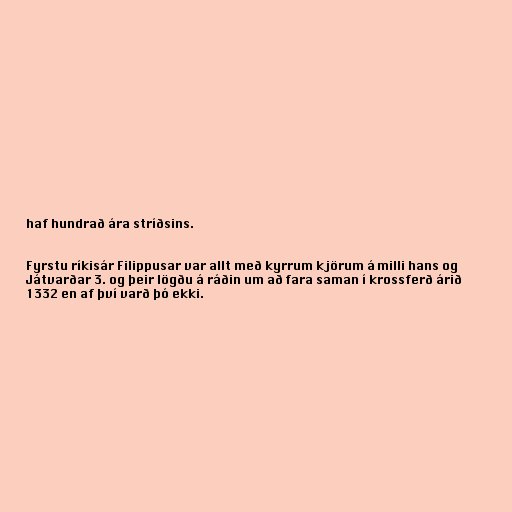
haf hundrað ára stríðsins.

Fyrstu ríkisár Filippusar var allt með kyrrum kjörum á milli hans og
Játvarðar 3. og þeir lögðu á ráðin um að fara saman í krossferð árið
1332 en af því varð þó ekki.